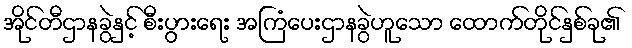
အိုင်တီဌာနခွဲနှင့် စီးပွားရေး အကြံပေးဌာနခွဲဟူသော ထောက်တိုင်နှစ်ခု၏